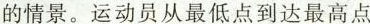
的情景。运动员从最低点到达最高点